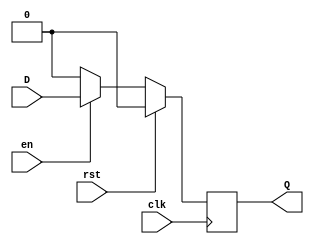
module Ej1A(D,clk,Q,rst,en);
input wire D;
input wire clk;
input wire rst;
input wire en;
output reg Q;
always @(posedge clk)
begin
  if (rst == 1) begin
    Q <= 0;
  end else if (rst == 0) begin
    if (en == 0) begin
      Q <= 0;
    end else if (en == 1) begin
      Q <= D;
    end
  end
end
endmodule